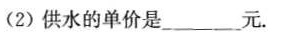
(2)供水的单价是______元。